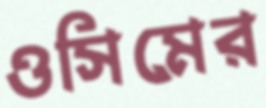
ওসিমের